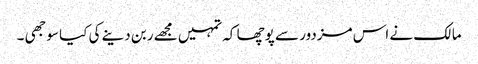
مالک نے اس مزدور سے پوچھا کہ تمہیں مجھے ربن دینے کی کیا سوجھی ۔